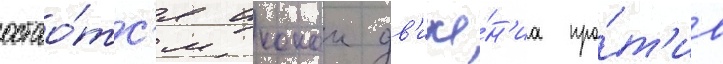
остао́тс'я иконои дв'иже́н'иа про́т'ив